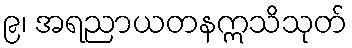
၉၊ အရညာယတနဣသိသုတ်